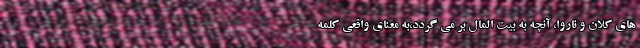
های کلان و ناروا، آنچه به بیت المال بر می گردد،به معنای واقعی کلمه